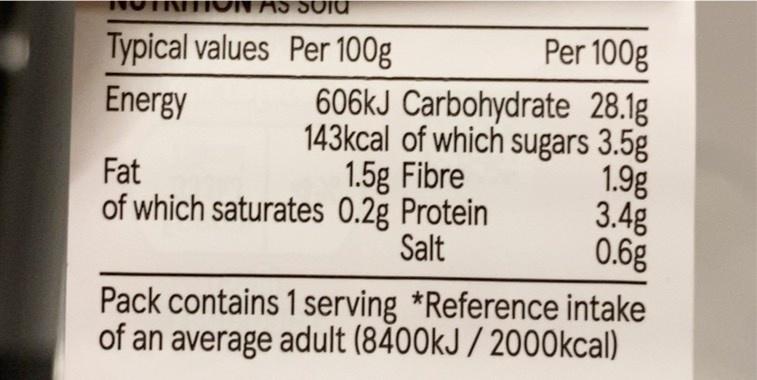
AS SOI
Typical values Per 100g
Per 100g
Energy
606kJ Carbohydrate 28.1g 143kcal of which sugars 3.5g 1.5g Fibre of which saturates 0.2g Protein
Fat
1.9g
3.4g
Salt
0.6g
Pack contains 1 serving *Reference intake of an average adult (8400kJ/2000kcal)